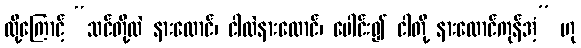
ထို့ကြောင့် “သင်တို့လဲ နားထောင်၊ ငါလဲနားထောင်၊ ပေါင်း၍ ငါတို့ နားထောင်ကုန်အံ့” ဟု